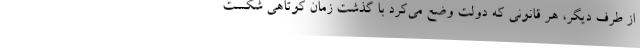
از طرف دیگر، هر قانونی که دولت وضع می‌کرد با گذشت زمان کوتاهی شکست